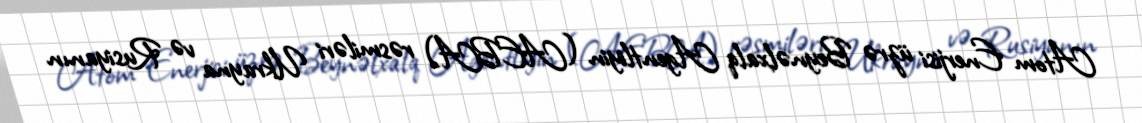
Atom Enerjisi üzrə Beynəlxalq Agentliyin (AEBA) rəsmiləri Ukrayna və Rusiyanın